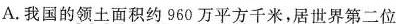
A.我国的领土面积约960万平方千米，居世界第二位